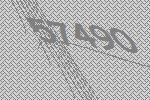
57490